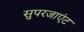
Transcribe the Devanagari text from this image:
सुपरजाएंट